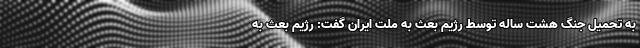
به تحمیل جنگ هشت ساله توسط رژیم بعث به ملت ایران گفت: رژیم بعث به